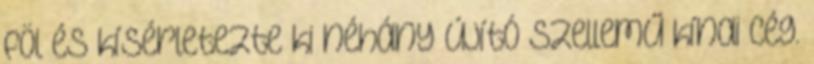
föl és kísérletezte ki néhány újító szellemű kínai cég.